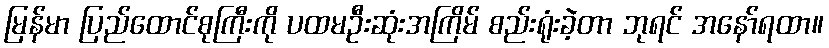
မြန်မာ ပြည်ထောင်စုကြီးကို ပထမဦးဆုံးအကြိမ် စည်းရုံးခဲ့တာ ဘုရင် အနော်ရထာ။